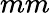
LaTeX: mm